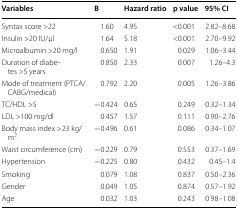
<table><thead><tr><td><b>Variables</b></td><td><b>B</b></td><td><b>Hazard ratio</b></td><td><b>p value</b></td><td><b>95% CI</b></td></tr></thead><tbody><tr><td>Syntax score &gt;22</td><td>1.60</td><td>4.95</td><td>&lt;0.001</td><td>2.82–8.68</td></tr><tr><td>Insulin &gt;20 IU/μl</td><td>1.64</td><td>5.18</td><td>&lt;0.001</td><td>2.70–9.92</td></tr><tr><td>Microalbumin &gt;20 mg/l</td><td>0.650</td><td>1.91</td><td>0.029</td><td>1.06–3.44</td></tr><tr><td>Duration of diabetes &gt;5 years</td><td>0.850</td><td>2.33</td><td>0.007</td><td>1.26–4.3</td></tr><tr><td>Mode of treatment (PTCA/CABG/medical)</td><td>0.792</td><td>2.20</td><td>0.005</td><td>1.26–3.86</td></tr><tr><td>TC/HDL &gt;5</td><td>−0.424</td><td>0.65</td><td>0.249</td><td>0.32–1.34</td></tr><tr><td>LDL &gt;100 mg/dl</td><td>0.457</td><td>1.57</td><td>0.111</td><td>0.90–2.76</td></tr><tr><td>Body mass index &gt;23 kg/m<sup>2</sup></td><td>−0.496</td><td>0.61</td><td>0.086</td><td>0.34–1.07</td></tr><tr><td>Waist circumference (cm)</td><td>−0.229</td><td>0.79</td><td>0.553</td><td>0.37–1.69</td></tr><tr><td>Hypertension</td><td>−0.225</td><td>0.80</td><td>0.432</td><td>0.45–1.4</td></tr><tr><td>Smoking</td><td>0.079</td><td>1.08</td><td>0.837</td><td>0.50–2.36</td></tr><tr><td>Gender</td><td>0.049</td><td>1.05</td><td>0.874</td><td>0.57–1.92</td></tr><tr><td>Age</td><td>0.032</td><td>1.03</td><td>0.243</td><td>0.98–1.08</td></tr></tbody></table>